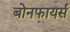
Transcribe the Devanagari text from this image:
बोनफायर्स